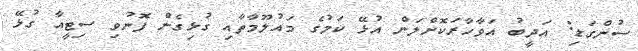
ސުންގަޑި: އަދީބު އަވާހާރަކޮށްލަން އުޅޭ ކަމުގެ މައުލޫމާތާއި ގުޅިގެން ފޮނުވި ސިޓީއާ ގުޅޭ